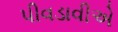
પીવડાવીએ